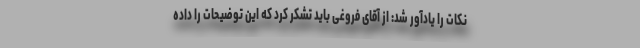
نکات را یادآور شد: از آقای فروغی باید تشکر کرد که این توضیحات را داده